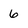
Character: 6